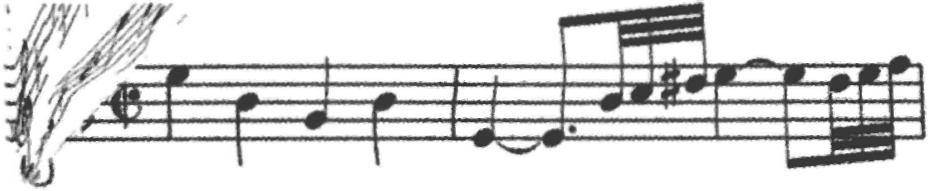
Transcription: clef-G1 keySignature-FM timeSignature-C/ note-G5_quarter note-D5_quarter note-Bb4_quarter note-D5_quarter barline note-G4_quarter tie note-G4_eighth. note-D5_thirty_second note-E5_thirty_second note-F#5_thirty_second note-G5_quarter tie note-G5_eighth note-F5_thirty_second note-G5_thirty_second note-A5_thirty_second barline